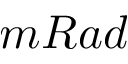
m R a d